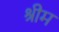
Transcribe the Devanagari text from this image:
श्रीम